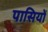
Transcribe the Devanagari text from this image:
पासियों